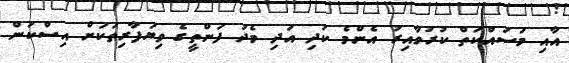
އާއި މަސައްކަތް ކުރުވާއިރު އެންމެ ކުދި އަދި މެދު ފަންތީގެ ވިޔަފާރިތަކަށް އިސްކަން